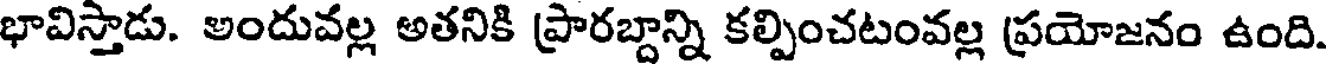
భావిస్తాడు. అందువల్ల అతనికి ప్రారబ్దాన్ని కల్పించటంవల్ల ప్రయోజనం ఉంది.